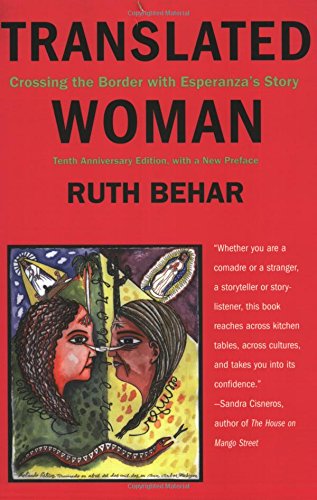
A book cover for Translated Woman: Crossing the Border with Esperanza's Story; Ruth Behar; Biographies & Memoirs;